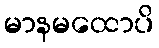
မာနမထောပိ